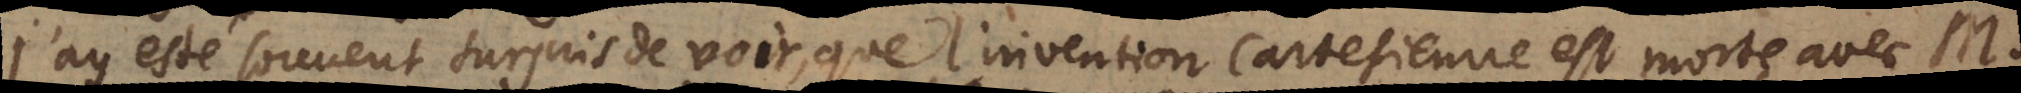
J’ay esté souvent surpris de voir, que l’invention Cartesienne est morte avec M.